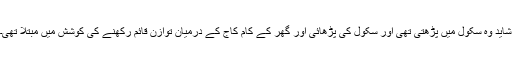
شاید وہ سکول میں پڑھتی تھی اور سکول کی پڑھائی اور گھر کے کام کاج کے درمیان توازن قائم رکھنے کی کوشش میں مبتلا تھی۔